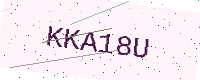
Text: KKA18U